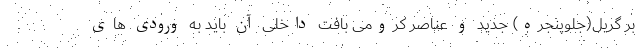
بر گریل(جلوپنجره) جدید و عناصر کرومی بافت داخلی آن باید به ورودی های